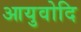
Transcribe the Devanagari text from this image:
आयुवोदि